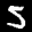
Label: 5